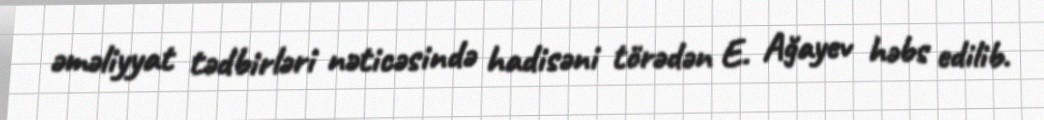
əməliyyat tədbirləri nəticəsində hadisəni törədən E. Ağayev həbs edilib.